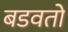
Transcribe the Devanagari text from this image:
बडवतो